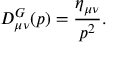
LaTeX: D _ { \mu \nu } ^ { G } ( p ) = \frac { \eta _ { \mu \nu } } { p ^ { 2 } } .